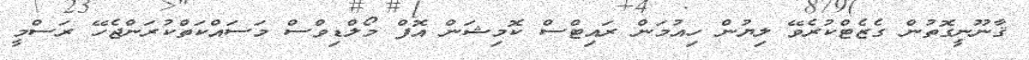
ޤާނޫނީގޮތުން ގެޒެޓްކުރެވޭ ލިޔުން ހިއުމަން ރައިޓްސް ކޮމިޝަން އޮފް މޯލްޑިވްސް މަސައްކަތްކުރަންޖެހޭ ރަސްމީ